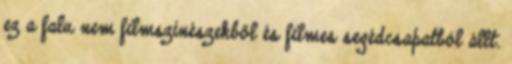
ez a falu nem filmszínészekből és filmes segédcsapatból állt.